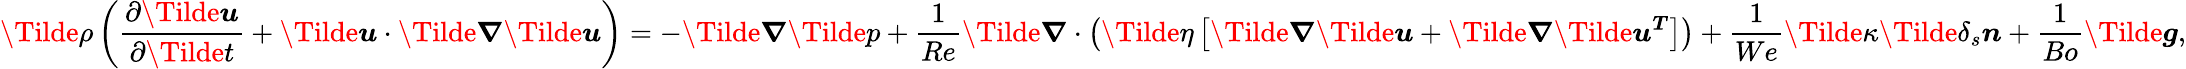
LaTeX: \Tilde{\rho}\left(\frac{\partial\boldsymbol{\Tilde{u}}}{\partial\Tilde{t}}+\boldsymbol{\Tilde{u}}\cdot\Tilde{\boldsymbol{\nabla}}\boldsymbol{\Tilde{u}}\right)=-\Tilde{\boldsymbol{\nabla}}\Tilde{p}+\frac{1}{Re}\Tilde{\boldsymbol{\nabla}}\cdot\left(\Tilde{\eta}\left[\boldsymbol{\Tilde{\nabla}\Tilde{u}}+\boldsymbol{\Tilde{\nabla}\Tilde{u}^{T}}\right]\right)+\frac{1}{We}\Tilde{\kappa}\Tilde{\delta_{s}}\boldsymbol{n}+\frac{1}{Bo}\boldsymbol{\Tilde{g}},